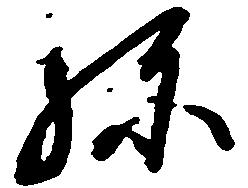
弥